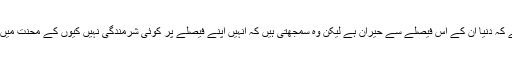
نکول کا کہنا ہے کہ دنیا ان کے اس فیصلے سے حیران ہے لیکن وہ سمجھتی ہیں کہ انہیں اپنے فیصلے پر کوئی شرمندگی نہیں کیوں کے محنت میں ہی عظمت ہے۔